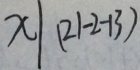
x \vert ( 2 1 - 1 - 1 3 )